Vaccination United Provinces of Agra and Oudh 1914-1922 - 1914-1922
Year: 1914
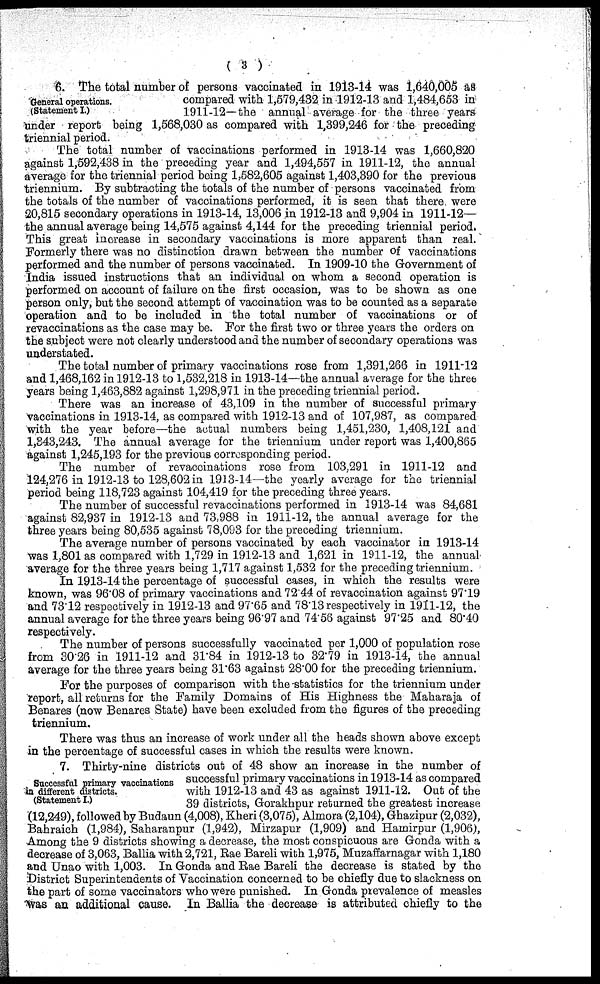
( 3 )
General operations.
(Statement I.)
6. The total number of persons vaccinated in 1913-14 was 1,640,005 as
compared with 1,679,432 in 1912-13 and 1,484,653 in
1911-12—the annual average for the three years
under report being 1,568,030 as compared with 1,399,246 for the preceding
triennial period.
The total number of vaccinations performed in 1913-14 was l,660,820
against 1,592,438 in the preceding year and 1,494,557 in 1911-12, the annual
average for the triennial period being 1,582,605 against 1,403,390 for the previous
triennium. By subtracting the totals of the number of persons vaccinated from
the totals of the number of vaccinations performed, it is seen that ther were
20,815 secondary operations in 1913-14, 13,006 in 1912-13 and 9,904 in 1911-12—
the annual average being 14,575 against 4,144 for the preceding triennial period.
This great increase in secondary vaccinations is more apparent than real.
Formerly there was no distinction drawn between the number of vaccinations
performed and the number of persons vaccinated. In 1909-10 the Government of
India issued instructions that an individual on whom a second operation is
performed on account of failure on the first occasion, was to be shown as one
person only, but the second attempt of vaccination was to be counted as a separate
operation and to be included in the total number of vaccinations or of
revaccinations as the case may be. For the first two or three years the orders on
the subject were not clearly understood and the number of secondary operations was
understated.
The total number of primary vaccinations rose from 1,391,266 in 1911-12
and 1,468,162 in 1912-13 to 1,532,218 in 1913-14—the annual average for the three
years being 1,463,882 against 1,298,971 in the preceding triennial period.
There was an increase of 43,109 in the number of successful primary
vaccinations in 1913-14, as compared with 1912-13 and of 107,987, as compared
with the year before—the actual numbers being 1,451,230, 1,408,121 and
1,843,243. The annual average for the triennium under report was 1,400,865
against 1,245,193 for the previous corresponding period.
The number of revaccinations rose from 103,291 in 1911-12 and
124,276 in 1912-13 to 128,602 in 1913-14— the yearly average for the triennial
period being 118,723 against 104,419 for the preceding three years.
The number of successful revaccinations performed in 1913-14 was 84,681
against 82,937 in 1912-13 and 73,988 in 1911-12, the annual average for the
three years being 80,535 against 78,093 for the preceding triennium.
The average number of persons vaccinated by each vaccinator in 1913-14
was 1,801 as compared with 1,729 in 1912-13 and 1,621 in 1911-12, the annual
average for the three years being 1,717 against 1,532 for the preceding triennium.
In 1913-14 the percentage of successful cases, in which the results were
known, was 96.08 of primary vaccinations and 72.44 of revaccination against 97.19
and 7312 respectively in 1912-13 and 97.65 and 78.13 respectively in 1911-12, the
annual average for the three years being 96.97 and 74.56 against 97.25 and 80.40
respectively.
The number of persons successfully vaccinated per 1,000 of population rose
from 30.26 in 1911-12 and 31.84 in 1912-13 to 32.79 in 1913-14, the annual
average for the three years being 31.63 against 28.00 for the preceding triennium.
For the purposes of comparison with the-statistics for the triennium under
report, all returns for the Family Domains of His Highness the Maharaja of
Benares (now Benares State) have been excluded from the figures of the preceding
triennium.
There was thus an increase of work under all the heads shown above except
in the percentage of successful cases in which the results were known.
Successful primary vaccinations
in different districts.
(Statement I.)
7. Thirty-nine districts out of 48 show an increase in the number of
successful primary vaccinations in 1913-14 as compared
with 1912-13 and 43 as against 1911-12. Out of the
39 districts, Gorakhpur returned the greatest increase
(12,249), followed by Budaun (4,008), Kheri (3,075), Almora (2,104), Ghazipur (2,032),
Bahraich (1,984), Saharanpur (1,942), Mirzapur (1,909) and Hamirpur (1,906),
Among the 9 districts showing a decrease, the most conspicuous are Gonda with a
decrease of 3,063, Ballia with 2,721, Rae Bareli with 1,975, Muzaffarnagar with 1,180
and Unao with 1,003. In Gonda and Rae Bareli the decrease is stated by the
District Superintendents of Vaccination concerned to be chiefly due to slackness on
the part of some vaccinators who were punished. In Gonda prevalence of measles
was an additional cause. In Ballia the decrease is attributed chiefly to the